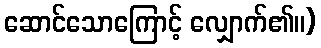
ဆောင်သောကြောင့် လျှောက်၏။)